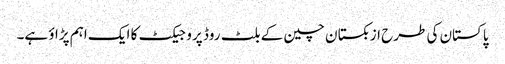
پاکستان کی طرح ازبکستان چین کے بلٹ روڈ پروجیکٹ کا ایک اہم پڑاؤ ہے۔